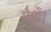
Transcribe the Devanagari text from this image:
मैचों।